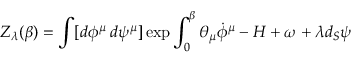
Z _ { \lambda } ( \beta ) = \int [ d \phi ^ { \mu } \: d \psi ^ { \mu } ] \exp { \int _ { 0 } ^ { \beta } \theta _ { \mu } \dot { \phi } ^ { \mu } - H + \omega + \lambda d _ { S } \psi }